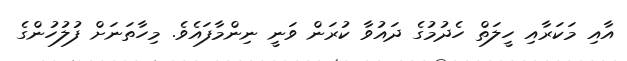
އާއި މަކަރާއި ހީލަތް ހެދުމުގެ ދައުވާ ކުރަން ވަނީ ނިންމާފައެވެ. މިހާތަނަށް ފުލުހުންގެ